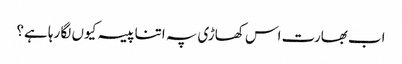
اب بھارت اس کھاڑی پہ اتنا پیسہ کیوں لگا رہا ہے؟